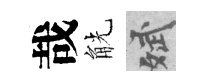
哉觥斌